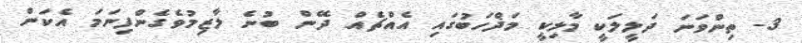
3- ތިންވަނަ ދަލީލަކީ މާލިކީ މަޛްހަބުގައި އެއްޗެއް ދޭން ބުނެ ލާޒިމުވެގެންފިނަމަ އެކަން